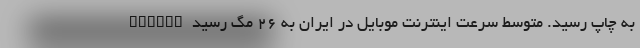
ports" به چاپ رسید. متوسط سرعت اینترنت موبایل در ایران به ۲۶ مگ رسید